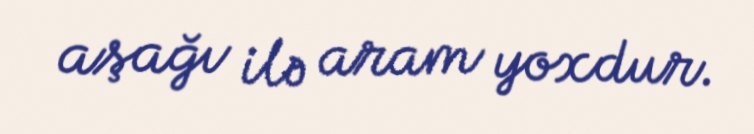
aşağı ilə aram yoxdur.